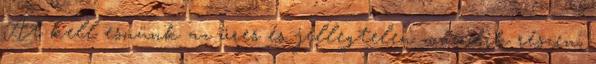
Át kell esnünk az üres és jellegtelen második részen,